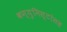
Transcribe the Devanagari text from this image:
कम्युनिस्टांसह